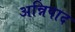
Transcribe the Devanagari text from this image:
अन्निपाद